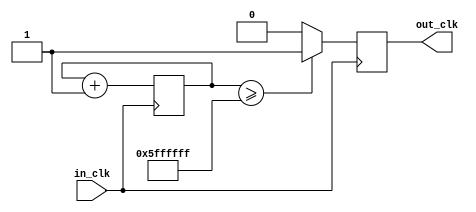
`timescale 1ns / 1ps
//////////////////////////////////////////////////////////////////////////////////
// Company: 
// Engineer: 
// 
// Design Name: 
// Module Name:    clock_divider_tohz 
// Project Name: 
// Target Devices: 
// Tool versions: 
// Description: 
//
// Dependencies: 
//
// Revision: 
// Revision 0.01 - File Created
// Additional Comments: 
//
//////////////////////////////////////////////////////////////////////////////////
module clock_divider_tohz(in_clk, out_clk);
	input in_clk;
	output reg out_clk;
	reg [26:0] count;
	//paramater max = 100663295
	
	always @(posedge in_clk)
	begin
		count <= count + 1'b1;
		if (count >= 27'b101111111111111111111111111)
			out_clk <= 1;
		else
			out_clk <= 0;
	end
endmodule
//27'b101111111111111111111111111
//paramater max = 100663295
//5FFFFFF